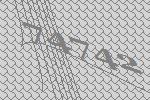
74742